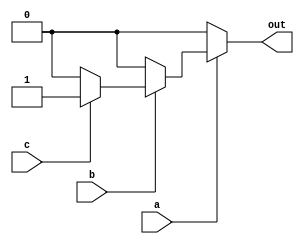
module nested_if_else (
    input wire a,
    input wire b,
    input wire c,
    output reg out
);

always @(*) begin
    if (a) begin
        if (b) begin
            if (c) begin
                out <= 1'b1;
            end else begin
                out <= 1'b0;
            end
        end else begin
            out <= 1'b0;
        end
    end else begin
        out <= 1'b0;
    end
end

endmodule